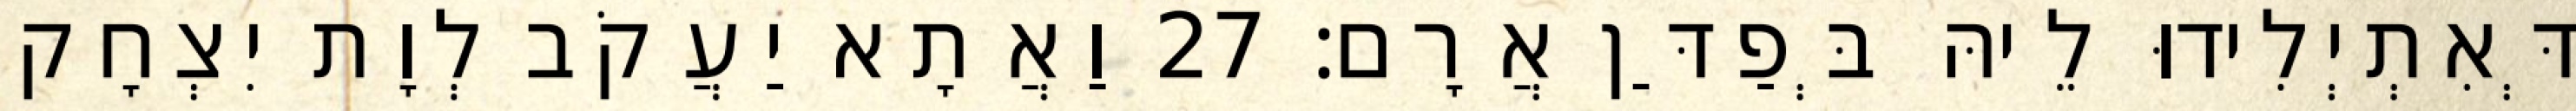
דְּאִתְיְלִידוּ לֵיהּ בְּפַדַּן אֲרָם׃ 27 וַאֲתָא יַעֲקֹב לְוָת יִצְחָק